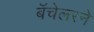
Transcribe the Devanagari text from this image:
बॅचेलरने